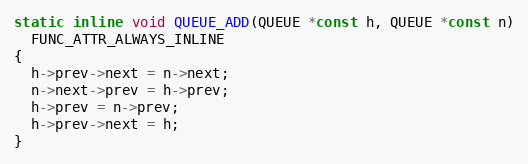
Language: C
static inline void QUEUE_ADD(QUEUE *const h, QUEUE *const n)
  FUNC_ATTR_ALWAYS_INLINE
{
  h->prev->next = n->next;
  n->next->prev = h->prev;
  h->prev = n->prev;
  h->prev->next = h;
}